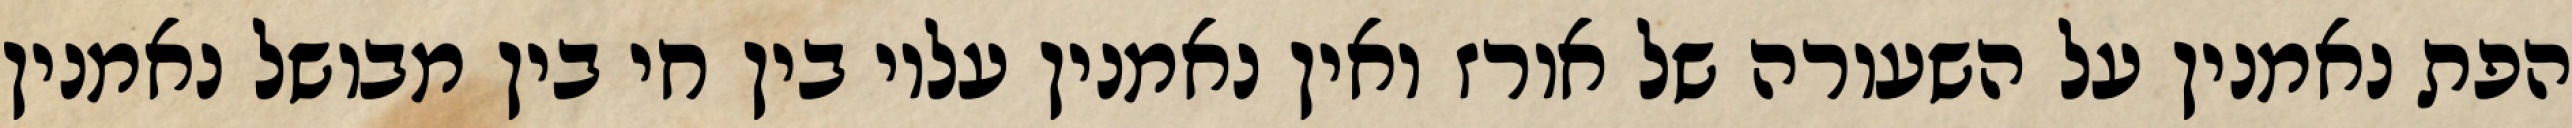
הפת נאמנין על השעורה של אורז ואין נאמנין עליו בין חי בין מבושל נאמנין